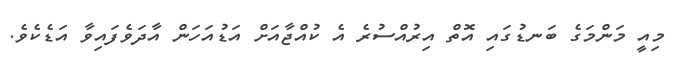
މިއީ މަންމަގެ ބަނޑުގައި އޮތް އިރުއްސުރެ އެ ކުއްޖާއަށް އަޑުއަހަން އާދަވެފައިވާ އަޑެކެވެ.